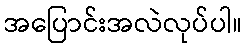
အပြောင်းအလဲလုပ်ပါ။